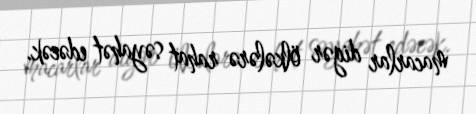
macarlar digər ölkələrə rahat səyahət edəcək.